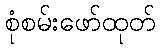
စုံစမ်းဖော်ထုတ်